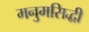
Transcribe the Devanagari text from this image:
मनुमसिद्धी